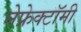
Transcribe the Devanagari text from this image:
नेफ्रेक्टॉमी